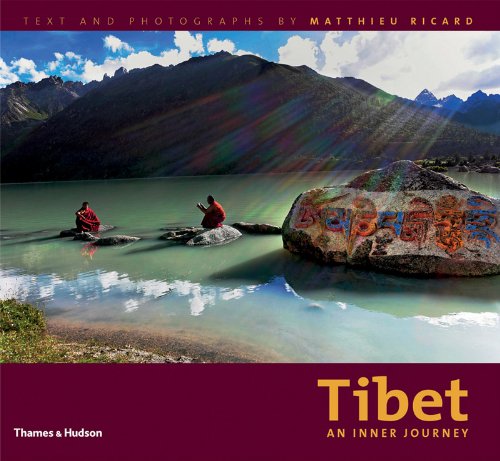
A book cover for Tibet: An Inner Journey; Matthieu Ricard; Travel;